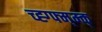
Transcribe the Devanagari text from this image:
च्ह्ग्फ्म्म्क्